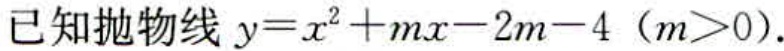
已知抛物线 \(y = x^{2}+mx - 2m - 4\)（\(m>0\)）.